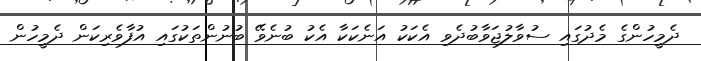
ދެމީހުންގެ މެދުގައި ސުވާލުޖަވާބުދެވި އެކަކު އަނެކަކާ އެކު ބުނެވޭ ބުނުންތަކުގައި އުފާވެރިކަން ދެމީހުން